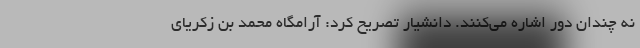
نه چندان دور اشاره می‌کنند. دانشیار تصریح کرد: آرامگاه محمد بن زکریای